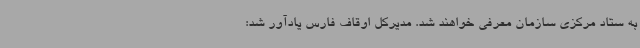
به ستاد مرکزی سازمان معرفی خواهند شد. مدیرکل اوقاف فارس یادآور شد: